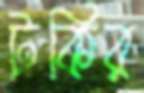
টকির